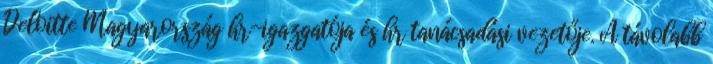
Deloitte Magyarország hr-igazgatója és hr tanácsadási vezetője. A távolabb